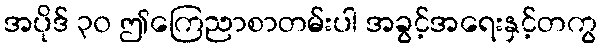
အပိုဒ် ၃၀ ဤကြေညာစာတမ်းပါ အခွင့်အရေးနှင့်တကွ